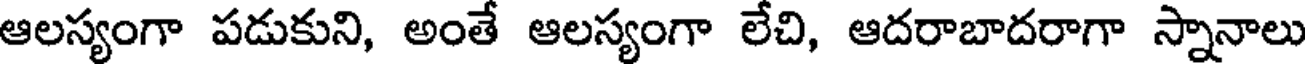
ఆలస్యంగా పడుకుని, అంతే ఆలస్యంగా లేచి, ఆదరాబాదరాగా స్నానాలు